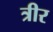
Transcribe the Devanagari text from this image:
त्रीर